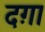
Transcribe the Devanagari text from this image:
दग़ा